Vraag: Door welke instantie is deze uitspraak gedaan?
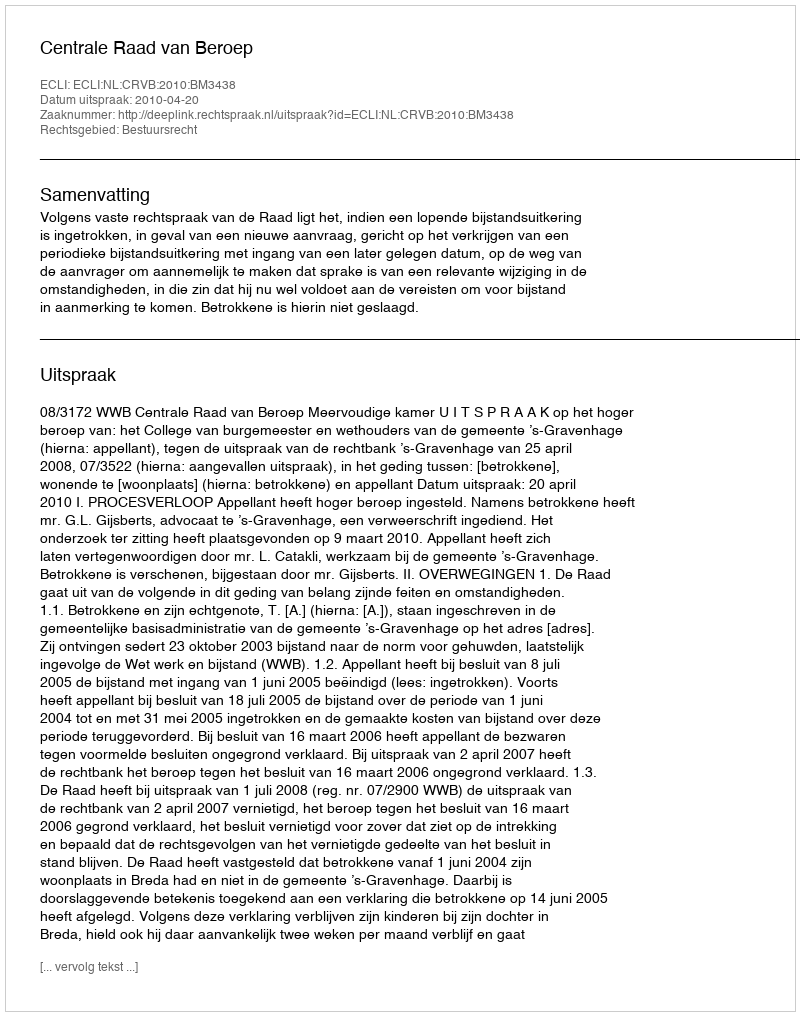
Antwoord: Centrale Raad van Beroep